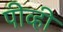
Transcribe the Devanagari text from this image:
पीव्ही